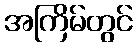
အကြိမ်တွင်